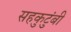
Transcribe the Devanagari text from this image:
सहकुटुंबी